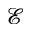
\mathcal { E }